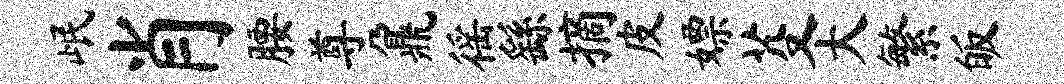
岷肖腰尊鼐徭繇摘皮嫖芟大繁皈